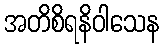
အတိစိရနိဝါသေန